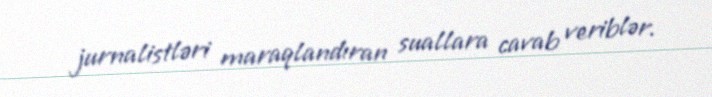
jurnalistləri maraqlandıran suallara cavab veriblər.